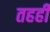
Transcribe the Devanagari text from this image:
तहही